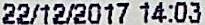
22/12/2017 14:03